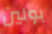
بولين